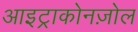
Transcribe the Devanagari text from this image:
आइट्राकोनज़ोल